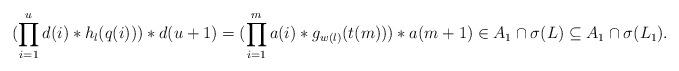
LaTeX: \begin{align*}(\prod_{i=1}^u d(i) \ast h_l(q(i))) \ast d(u+1)= (\prod_{i=1}^m a(i) \ast g_{w(l)}(t(m))) \ast a(m+1) \in A_1 \cap \sigma(L) \subseteq A_1 \cap \sigma(L_1).\end{align*}